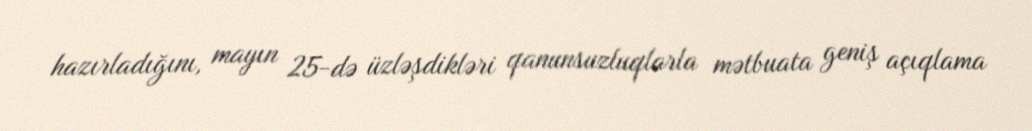
hazırladığını, mayın 25-də üzləşdikləri qanunsuzluqlarla mətbuata geniş açıqlama